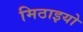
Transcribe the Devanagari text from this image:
मिठाइयो